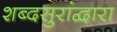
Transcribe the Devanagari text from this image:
शब्दसुरांद्वारा